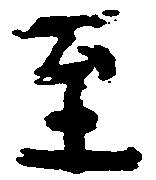
至